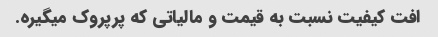
افت کیفیت نسبت به قیمت و مالیاتی که پرپروک میگیره.